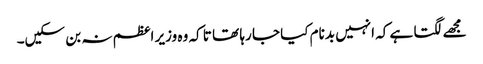
مجھے لگتا ہے کہ انہیں بدنام کیا جا رہا تھا تا کہ وہ وزیر اعظم نہ بن سکیں۔